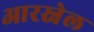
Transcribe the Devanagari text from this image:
आरस्नेल